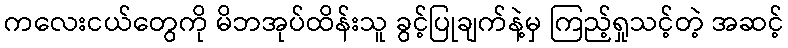
ကလေးငယ်တွေကို မိဘအုပ်ထိန်းသူ ခွင့်ပြုချက်နဲ့မှ ကြည့်ရှုသင့်တဲ့ အဆင့်